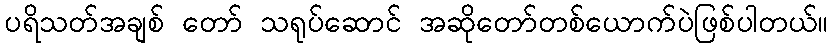
ပရိသတ်အချစ် တော် သရုပ်ဆောင် အဆိုတော်တစ်ယောက်ပဲဖြစ်ပါတယ်။